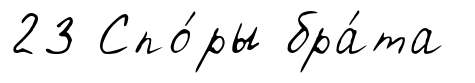
23 Спо́ры бра́та